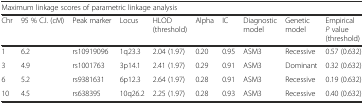
<table><thead><tr><td colspan="10"><b>Maximum linkage scores of parametric linkage analysis</b></td></tr><tr><td><b>Chr</b></td><td><b>95 % C.I. (cM)</b></td><td><b>Peak marker</b></td><td><b>Locus</b></td><td><b>HLOD (threshold)</b></td><td><b>Alpha</b></td><td><b>IC</b></td><td><b>Diagnostic model</b></td><td><b>Genetic model</b></td><td><b>Empirical <i>P</i> value (threshold)</b></td></tr></thead><tbody><tr><td>1</td><td>6.2</td><td>rs10919096</td><td>1q23.3</td><td>2.04 (1.97)</td><td>0.20</td><td>0.95</td><td>ASM3</td><td>Recessive</td><td>0.57 (0.632)</td></tr><tr><td>3</td><td>4.9</td><td>rs1001763</td><td>3p14.1</td><td>2.41 (1.97)</td><td>0.29</td><td>0.91</td><td>ASM3</td><td>Dominant</td><td>0.32 (0.632)</td></tr><tr><td>6</td><td>5.2</td><td>rs9381631</td><td>6p12.3</td><td>2.64 (1.97)</td><td>0.28</td><td>0.91</td><td>ASM3</td><td>Recessive</td><td>0.19 (0.632)</td></tr><tr><td>10</td><td>4.5</td><td>rs638395</td><td>10q26.2</td><td>2.25 (1.97)</td><td>0.28</td><td>0.93</td><td>ASM3</td><td>Recessive</td><td>0.40 (0.632)</td></tr></tbody></table>